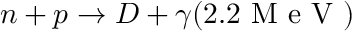
n + p \to D + \gamma ( 2 . 2 \mathrm { ~ M ~ e ~ V ~ } )